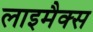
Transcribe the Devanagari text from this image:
लाइमैक्स